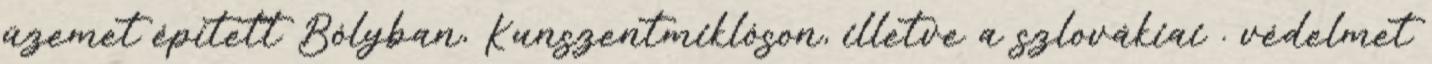
üzemet épített Bólyban, Kunszentmiklóson, illetve a szlovákiai . védelmet